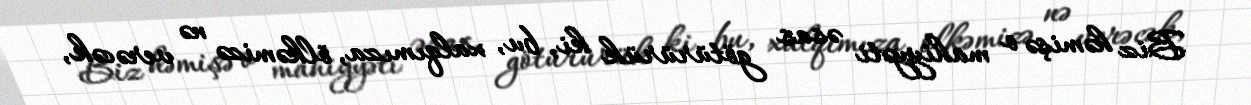
Biz həmişə o mahiyyəti əsas götürürük ki, bu, xalqımıza, ölkəmizə nə verəcək,